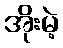
အိုးမဲ့